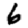
Digit: 6